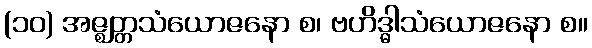
(၁၀) အဇ္ဈတ္တသံယောဇနော စ၊ ဗဟိဒ္ဓါသံယောဇနော စ။